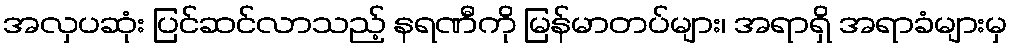
အလှပဆုံး ပြင်ဆင်လာသည့် နရဏီကို မြန်မာတပ်များ၊ အရာရှိ အရာခံများမှ